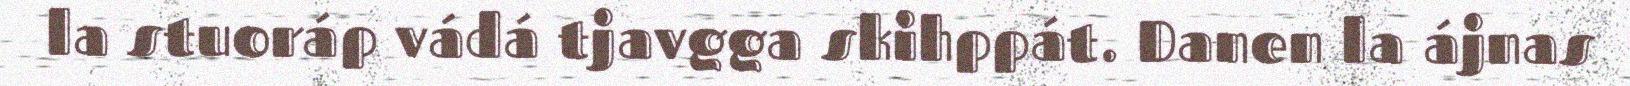
la stuoráp vádá tjavgga skihppát. Danen la ájnas